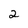
Character: 2